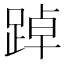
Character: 踔